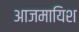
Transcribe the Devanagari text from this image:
आजमायिश